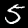
Digit: 5